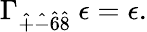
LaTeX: \Gamma_{\hat{+}\hat{-}\hat{6}\hat{8}}~\epsilon=\epsilon.